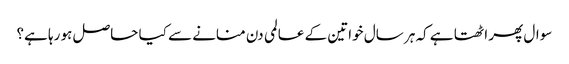
سوال پھر اٹھتا ہے کہ ہر سال خواتین کے عالمی دن منانے سے کیا حاصل ہو رہا ہے؟